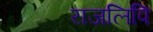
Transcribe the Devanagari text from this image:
राजलिपि